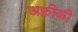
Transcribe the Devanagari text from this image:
अफ़्रीक़ी